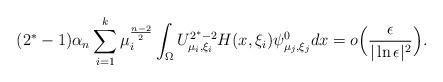
LaTeX: \begin{align*} (2^*-1)\alpha_n \sum_{i=1}^k \mu_i^{\frac{n-2}{2}}\int_\Omega U_{\mu_i,\xi_i}^{2^*-2} H(x,\xi_i) \psi^0_{ \mu_j,\xi_j}dx =o\Big(\frac{\epsilon}{|\ln\epsilon|^2}\Big).\end{align*}